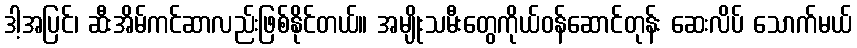
ဒါ့အပြင်၊ ဆီးအိမ်ကင်ဆာလည်းဖြစ်နိုင်တယ်။ အမျိုးသမီးတွေကိုယ်ဝန်ဆောင်တုန်း ဆေးလိပ် သောက်မယ်